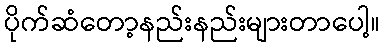
ပိုက်ဆံတော့နည်းနည်းများတာပေါ့။